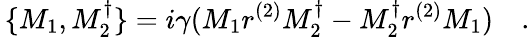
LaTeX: \, \{ M_{1},M_{2}^{\dagger}\} =i\gamma(M_{1}r^{(2)}M_{2}^{\dagger}-M_{2}^{\dagger}r^{(2)}M_{1})\quad.